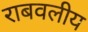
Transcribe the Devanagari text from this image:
राबवलीय